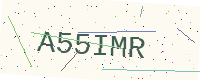
Text: A55IMR